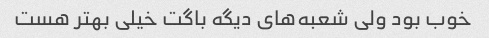
خوب بود ولی شعبه‌های دیگه باگت خیلی بهتر هست